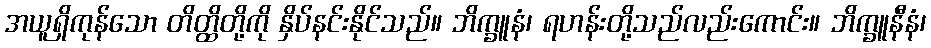
အယူရှိကုန်သော တိတ္ထိတို့ကို နှိပ်နင်းနိုင်သည်။ ဘိက္ခူနံ၊ ရဟန်းတို့သည်လည်းကောင်း။ ဘိက္ခူနီနံ၊